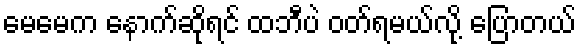
မေမေက နောက်ဆိုရင် ထဘီပဲ ဝတ်ရမယ်လို့ ပြောတယ်